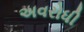
અવરોધી